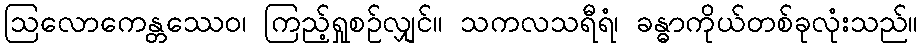
ဩလောကေန္တဿေဝ၊ ကြည့်ရှုစဉ်လျှင်။ သကလသရီရံ၊ ခန္ဓာကိုယ်တစ်ခုလုံးသည်။